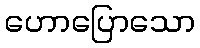
ဟောပြောသော